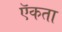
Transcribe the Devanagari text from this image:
ऍकता